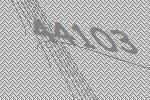
44103